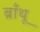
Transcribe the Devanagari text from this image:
ब्राँथू